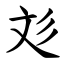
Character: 彣